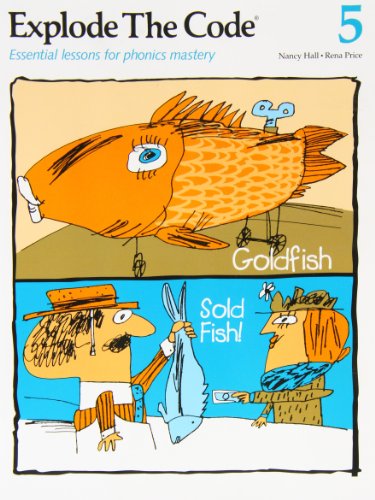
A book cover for Explode the Code 5: Essential Lessons for Phonics Mastery; Nancy Hall; Reference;